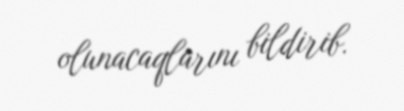
olunacaqlarını bildirib.